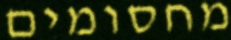
מחסומים